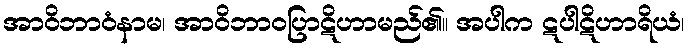
အာဝိဘာဝံနာမ၊ အာဝိဘာဝပြာဋိဟာမည်၏။ အပါက ဋပါဋိဟာရိယံ၊